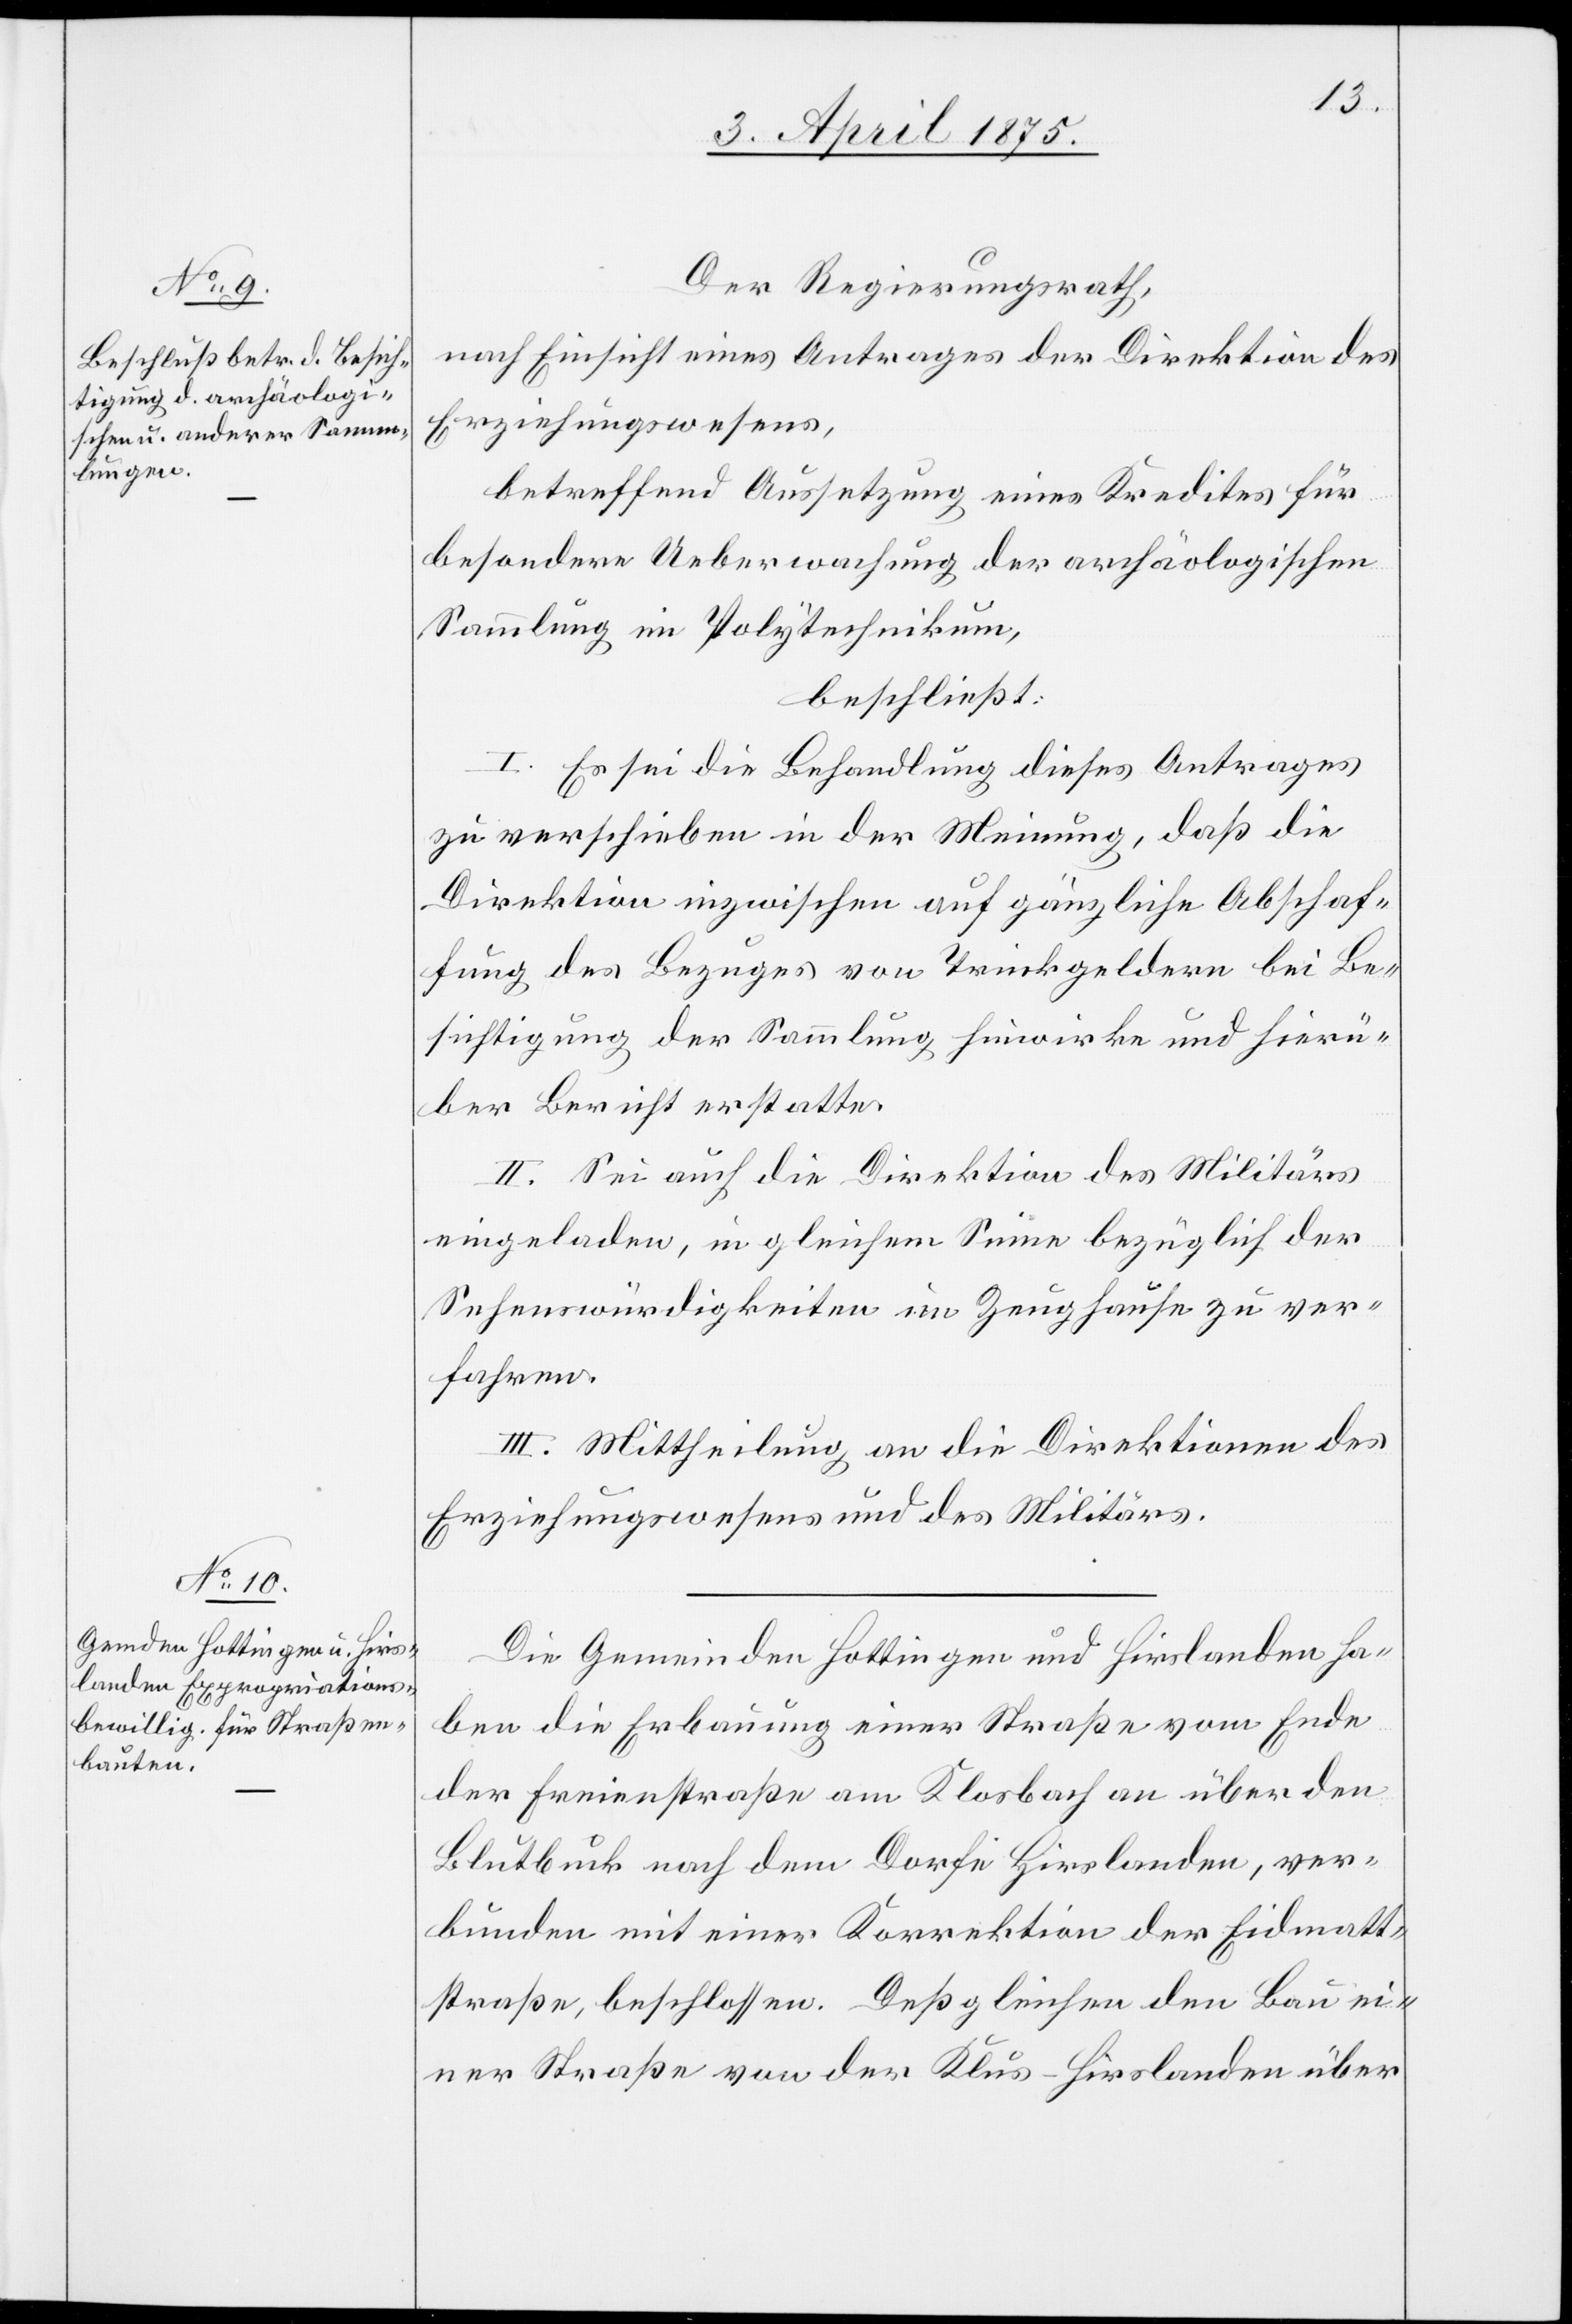
Der Regierungsrath,
nach Einsicht eines Antrages der Direktion des
Erziehungswesens,
betreffend Aussetzung eines Kredits für
besondere Ueberwachung der archäologischen
Sammlung im Polytechnikum,
beschließt:
I. Es sei die Behandlung dieses Antrages
zu verschieben in der Meinung, daß die
Direktion inzwischen auf gänzliche Abschaf¬
fung des Bezuges von Trinkgeldern bei Be¬
sichtigung der Sammlung hinwirke und hierü¬
ber Bericht erstatte.
II. Sei auch die Direktion des Militärs
eingeladen, in gleichem Sinne bezüglich der
Sehenswürdigkeiten im Zeughause zu ver¬
fahren,
III. Mittheilung an die Direktion des
Erziehungswesens und des Militärs.
Die Gemeinden Hottingen und Hirslanden ha¬
ben die Erbauung einer Straße vom Ende
der Freienstraße am Klosbach an über den
Blutbuck nach dem Dorfe Hirslanden, ver¬
bunden mit einer Korrektion der Eidmatt¬
straße, beschlossen. Deßgleichen den Bau ei¬
ner Straße von der Klus-Hirslanden über